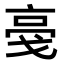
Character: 𬽎